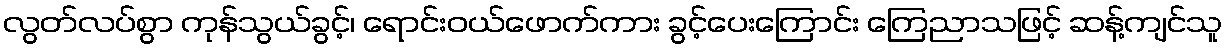
လွတ်လပ်စွာ ကုန်သွယ်ခွင့်၊ ရောင်းဝယ်ဖောက်ကား ခွင့်ပေးကြောင်း ကြေညာသဖြင့် ဆန့်ကျင်သူ